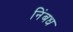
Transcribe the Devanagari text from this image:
निंबध